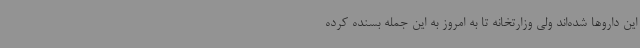
این داروها شده‌اند ولی وزارتخانه تا به امروز به این جمله بسنده کرده